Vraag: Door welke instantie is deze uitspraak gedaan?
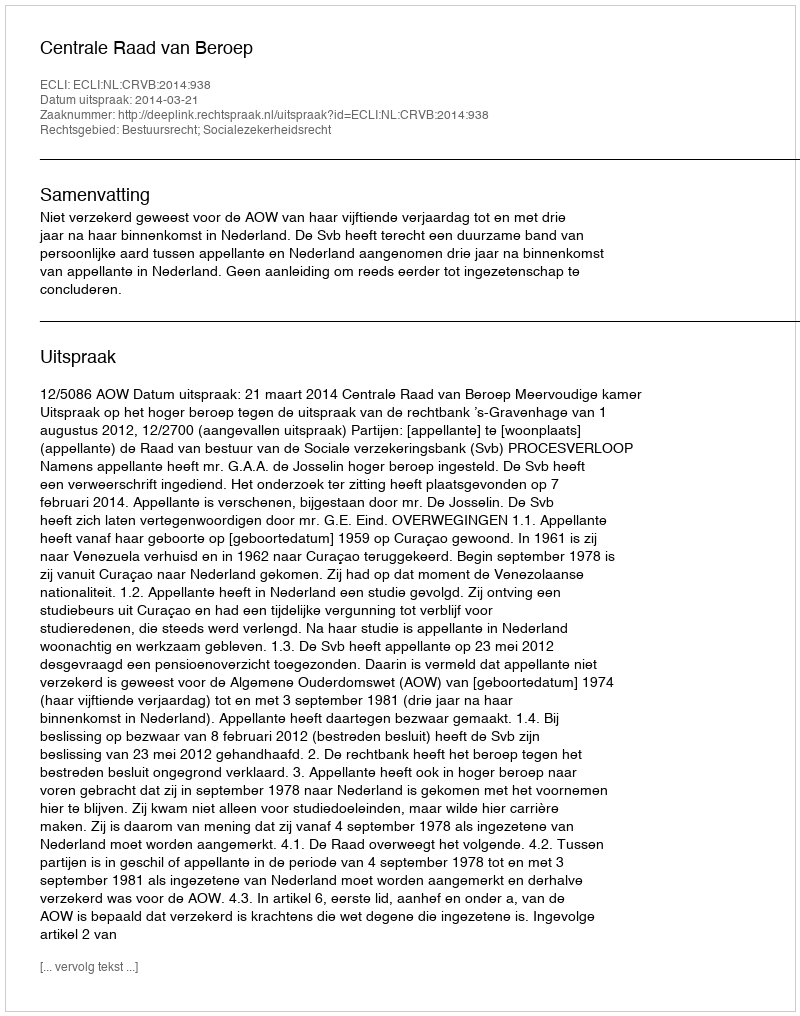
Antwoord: Centrale Raad van Beroep